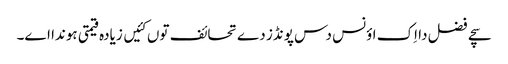
سچے فضل دا اِک اؤنس دس پونڈز دے تحائف توں کئیں زیادہ قیمتی ہوندا اے۔